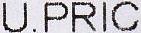
U.PRIC